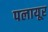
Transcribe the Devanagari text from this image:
पलायूर